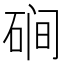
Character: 𰧃